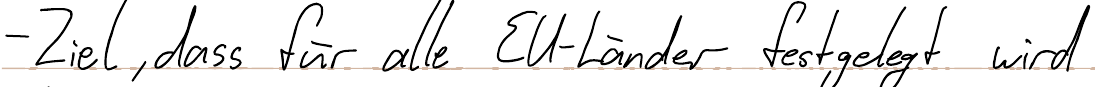
- Ziel, dass für alle EU-Länder festgelegt wird